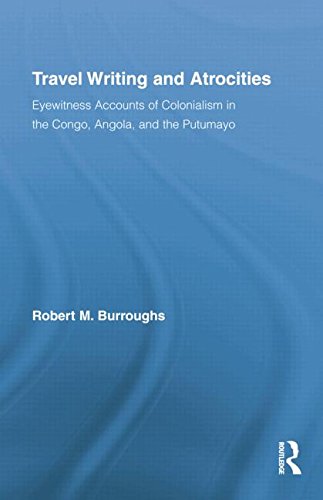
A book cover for Travel Writing and Atrocities: Eyewitness Accounts of Colonialism in the Congo, Angola, and the Putumayo (Routledge Research in Travel Writing); Robert Burroughs; Travel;